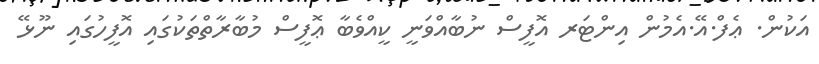
އަކުން. ޢެފް.އޭ.އެމުން އިންޓަރ އޮފީސް ނުބާއްވަނީ ކީއްވެބާ ޢޮފީސް މުބާރާތްތަކުގައި އޮފީހުގައި ނޫޅޭ